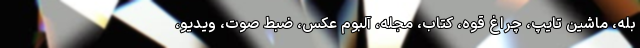
بله، ماشین تایپ، چراغ قوه، کتاب، مجله، آلبوم عکس، ضبط صوت، ویدیو،